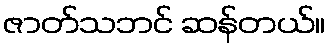
ဇာတ်သဘင် ဆန်တယ်။